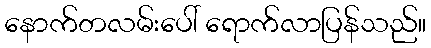
နောက်တလမ်းပေါ် ရောက်လာပြန်သည်။